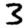
Digit: 3